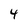
Character: 4